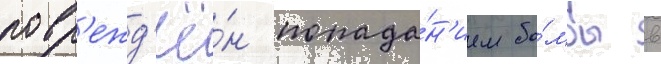
повр'ежд'ё́н попада́н'ием бо́мбы в